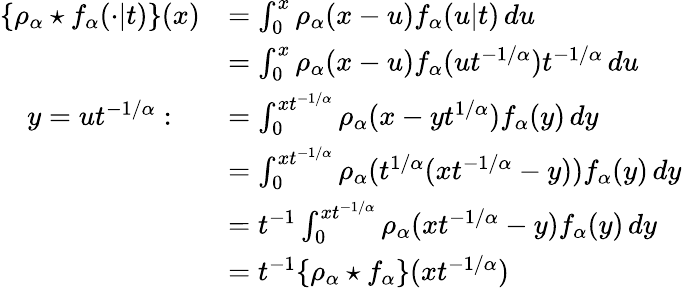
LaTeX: \begin{array}{rl}{\{ \rho_{\alpha}\star f_{\alpha}(\cdot\vert t)\} (x)}&{=\int_{0}^{x}\rho_{\alpha}(x-u)f_{\alpha}(u\vert t)\, du}\\ &{=\int_{0}^{x}\rho_{\alpha}(x-u)f_{\alpha}(ut^{-1/\alpha})t^{-1/\alpha}\, du}\\ {y=ut^{-1/\alpha}:\quad}&{=\int_{0}^{xt^{-1/\alpha}}\rho_{\alpha}(x-yt^{1/\alpha})f_{\alpha}(y)\, dy}\\ &{=\int_{0}^{xt^{-1/\alpha}}\rho_{\alpha}(t^{1/\alpha}(xt^{-1/\alpha}-y))f_{\alpha}(y)\, dy}\\ &{=t^{-1}\int_{0}^{xt^{-1/\alpha}}\rho_{\alpha}(xt^{-1/\alpha}-y)f_{\alpha}(y)\, dy}\\ &{=t^{-1}\{ \rho_{\alpha}\star f_{\alpha}\} (xt^{-1/\alpha})}\end{array}